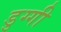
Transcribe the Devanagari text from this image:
डुग्गी